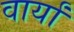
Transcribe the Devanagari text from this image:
वार्यां